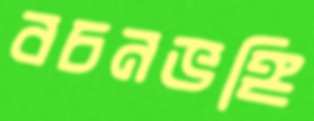
বচনভঙ্গি